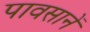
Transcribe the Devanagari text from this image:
पावसानें